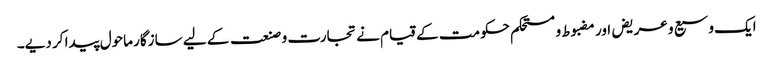
ایک وسیع و عریض اور مضبوط و مستحکم حکومت کے قیام نے تجارت و صنعت کے لیے سازگار ماحول پیدا کر دیے۔